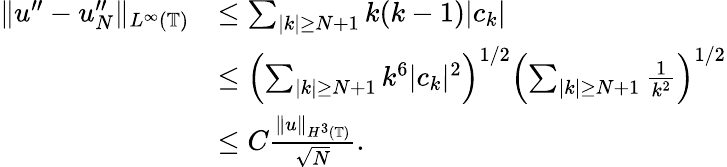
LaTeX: \begin{array}{rl}{\| u^{\prime\prime}-u_{N}^{\prime\prime}\| _{L^{\infty}(\mathbb{T})}}&{\leq\sum_{|k|\geq N+1}k(k-1)|c_{k}|}\\ &{\leq\left(\sum_{|k|\geq N+1}k^{6}|c_{k}|^{2}\right)^{1/2}\left(\sum_{|k|\geq N+1}\frac{1}{k^{2}}\right)^{1/2}}\\ &{\leq C\frac{\| u\| _{H^{3}(\mathbb{T})}}{\sqrt{N}}.}\end{array}